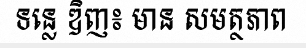
ទន្លេ ឌិញ៖ មាន សមត្ថភាព